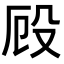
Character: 𭮨